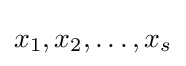
x_{1},x_{2},\ldots ,x_{s}